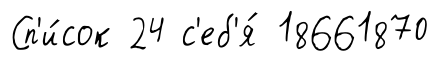
Сп'и́сок 24 с'еб'я́ 18661870